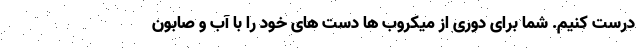
درست کنیم. شما برای دوری از میکروب ها دست های خود را با آب و صابون